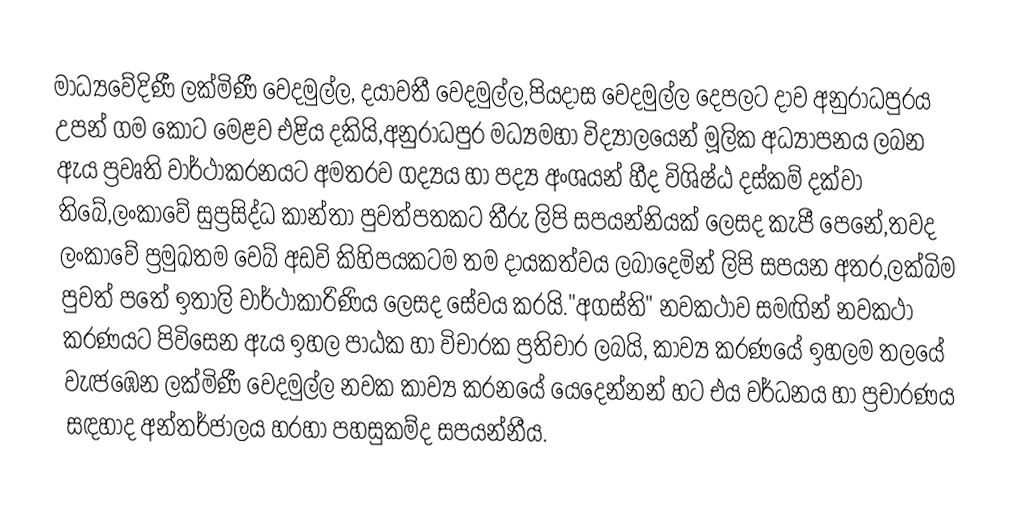
මාධ්‍යවේදිණී ලක්මිණී වෙදමුල්ල, දයාවතී වෙදමුල්ල,පියදාස වෙදමුල්ල දෙපලට දාව අනුරාධපුරය උපන් ගම කොට මෙළව එළිය දකියි,අනුරාධපුර මධ්‍යමහා විද්‍යාලයෙන් මූලික අධ්‍යාපනය ලබන ඇය ප්‍රවෘති වාර්ථාකරනයට අමතරව ගද්‍යය හා පද්‍ය අංශයන් හීද විශිෂ්ඨ දස්කම් දක්වා තිබේ,ලංකාවේ සුප්‍රසිද්ධ කාන්තා පුවත්පතකට තීරු ලිපි සපයන්නියක් ලෙසද කැපී පෙනේ,තවද ලංකාවේ ප්‍රමුඛතම වෙබ් අඩවි කිහිපයකටම තම දායකත්වය ලබාදෙමින් ලිපි සපයන අතර,ලක්බිම පුවත් පතේ ඉතාලි වාර්ථාකාරිණිය ලෙසද සේවය කරයි."අගස්ති" නවකථාව සමඟින් නවකථා කරණයට පිවිසෙන   ඇය ඉහල පාඨක හා විචාරක ප්‍රතිචාර ලබයි, කාව්‍ය කරණයේ ඉහලම තලයේ වැඦඹෙන ලක්මිණී වෙදමුල්ල නවක කාව්‍ය කරනයේ යෙදෙන්නන් හට එය වර්ධනය හා ප්‍රචාරණය සඳහාද අන්තර්ජාලය හරහා පහසුකම්ද සපයන්නීය.